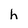
Character: h